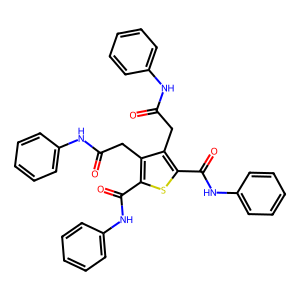
SMILES: O=C(Cc1c(C(=O)Nc2ccccc2)sc(C(=O)Nc2ccccc2)c1CC(=O)Nc1ccccc1)Nc1ccccc1
Inhibits HIV replication: No